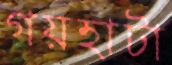
গয়হাটা